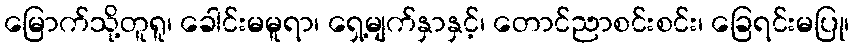
မြောက်သို့တူရူ၊ ခေါင်းမမူရာ၊ ရှေ့မျက်နှာနှင့်၊ တောင်ညာစင်းစင်း၊ ခြေရင်းမပြု၊